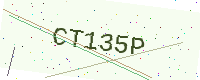
Text: CT135P